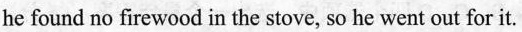
he found no firewood in the stove, so he went out for it.